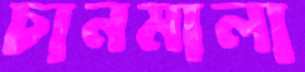
চানমালা